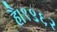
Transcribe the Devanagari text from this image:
है।१९६२